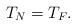
LaTeX: \begin{align*} T_N=T_F.\end{align*}